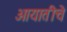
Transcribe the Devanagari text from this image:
आयातीचे